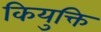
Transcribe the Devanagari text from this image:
कियुक्ति